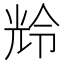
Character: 𫤚